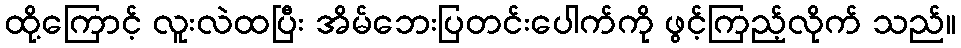
ထို့ကြောင့် လူးလဲထပြီး အိမ်ဘေးပြတင်းပေါက်ကို ဖွင့်ကြည့်လိုက် သည်။